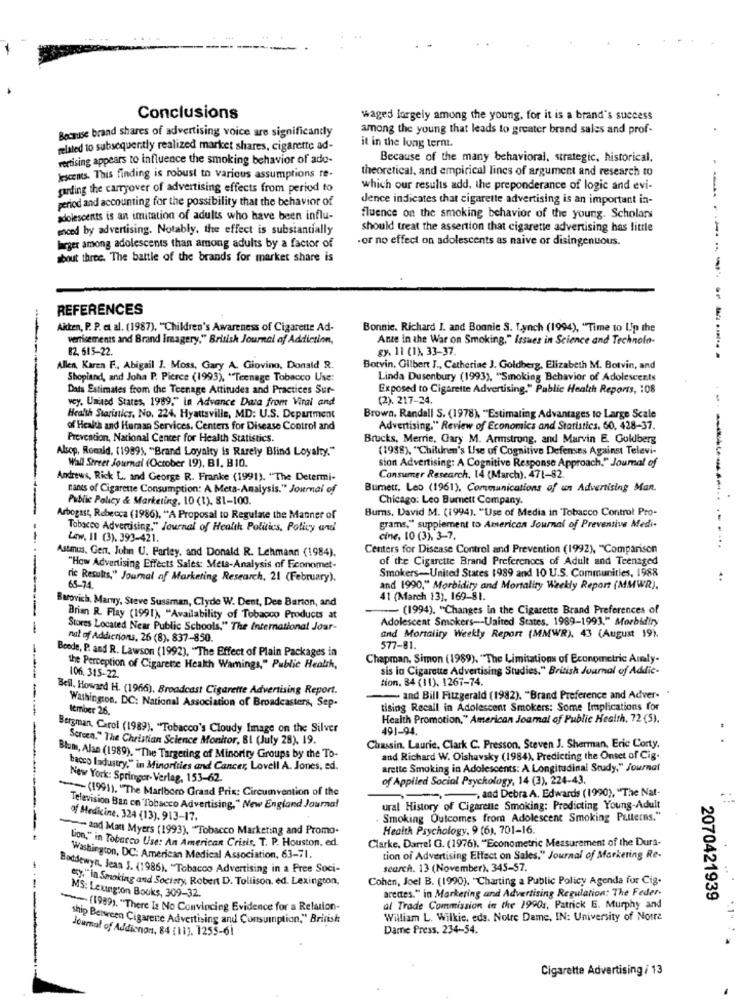
Conclusions
waged largely among the young, for it is a brand's success
among the young that leads to greater brand sales and prof-
Because brand shares of advertising voice are significandy
related to subsequently realized market shares, cigarette ad-
it in the long term.
vertising appears to influence the smoking behavior of ade-
Because of the many behavioral, strategic, historical,
theoretical, and empirical lines of argument and research to
jescens. This finding is robust to various assumptions re-
garding the carryover of advertising effects from period to
which our results add, the preponderance of logic and evi-
period and accounting for the possibility that the behavior of
Jence indicates that cigarette advertising is an important in-
adolescents is an imitation of adults who have been influ-
fluence on the smoking behavior of the young. Scholars
enced by advertising. Notably, the effect is substantially
should treat the assertion that cigarette advertising has little
.or no effect on adolescents as naive or disingenuous.
larger among adolescents than among adults by a factor of
about three. The battle of the brands for market share is
----
REFERENCES
Aitken, P. P. et al. (1987), "Children's Awareness of Cigarette Ad-
Bonnie. Richard I. and Bonnie S. Lynch (1994), "Time to Up the
vertisements and Brand Imagery." British Journal of Addiction,
Ante in the War on Smoking," Issues in Science and Technolo-
82. 615-22.
gy. 11 (1), 33-37.
Allen, Karen F. Abigail 1. Moss, Gary A. Giovino, Donald R.
Botvin, Gilbert J ., Catherine J. Goldberg, Elizabeth M. Botvin, and
Shopland, and Joha P. Pierce (1993), "Teenage Tobacco Use:
Linda Dusenbury (1993), "Smoking Behavior of Adolescents
Dats Estimates from the Teenage Attitudes and Practices Sur-
Exposed to Cigarette Advertising." Public Health Reports, : 08
wcy. United States, 1989," in Advance Data from Viral and
(2). 217-24.
Health Statistics, No. 224. Hyattsville, MD: U.S. Department
Brown. Randall S. (1978), "Estimating Advantages to Large Scale
of Health and Human Services, Centers for Disease Control and
Advertising." Review of Economics and Statistics. 60, 428-37.
Prevention, National Center for Health Statistics.
Brucks, Merrie, Gary M. Armstrong, and Marvin E. Goldberg
Alsop, Romld. (1999). "Brand Loyalty is Rarely Blind Loyalty."
(1988), "Children's Use of Cognitive Defenses Against Televi-
Wall Street Journal (October 19), B1, B10.
sion Advertising: A Cognitive Response Approach." Joumal of
Andrews, Rick L. and George R. Franke (1991). "The Determi-
Consumer Research, 14 (March). 471-82.
nants of Cigarette Consumption: A Meta-Analysis." Journal of
Bumett. Leo (1961). Communications of un Advertising Man.
Public Policy & Marketing, 10 (1). 81-100.
Chicago: Leo Burnett Company.
Burns, David M. (1994), "Use of Media in Tobacco Control Pro-
Arbogast, Rebecca (1986), "A Proposal to Regulate the Manner of
Tobacco Advertising," Journal of Health Politics, Policy and
grams," supplement to American Journal of Preventive Medi-
Low, 11 (3). 393-421.
cine, 10 (3). 3-7.
Astanus. Gen, John U. Parley, and Donald R. Lehmann (1984).
Centers for Disease Control and Prevention (1992), "Comparison
...
of the Cigarette Brand Preferences of Adult and Teenaged
"How Advertising Effects Sales: Meta-Analysis of Economet-
Smokers-United States 1989 and 10 U.S. Communities, 1988
ric Results," Journal of Marketing Research, 21 (February).
65-74.
and 1990," Morbidity and Mortality Weekly Report (MMWR).
Barovich, Marny, Steve Sussman, Clyde W. Dent, Dee Barton, and
41 (March 13), 169-81.
- (1994). "Changes in the Cigarette Brand Preferences of
Brian R. Flay (1991), "Availability of Tobacco Products at
Adolescent Smokers -- United States. 1989-1993." Morbidiry
-
Stores Located Near Public Schools," The International Jour-
nat of Addictions, 26 (8), 837-850.
and Mortality Weekly Report (MMWR), 43 (August 19).
Bende, P. and R. Lawson (1992), "The Effect of Plain Packages in
577-81.
Chapman, Simon (1989). "The Limitations of Econometric Armly.
the Perception of Cigarette Health Warnings," Public Health,
sis in Cigarette Advertising Studies." British Journal of Addic-
106. 315-22.
tion. 84 (11). 1267-74.
Bell, Howard H. (1966), Broadcast Cigarette Advertising Report.
and Bill Fitzgerald (1982). "Brand Preference and Adver-
-----
Washington, DC: National Association of Broadcasters, Sep-
Iember 26.
tising Recall in Adolescent Smokers: Some Implications for
Health Promotion," American Journal of Public Health, 72 (5).
Bergman, Carol (1989), "Tobacco's Cloudy Image on the Silver
491-94.
Screen." The Christian Science Monitor, BI (July 28), 19.
Chassin. Laurie, Clark C. Presson. Steven J. Sherman, Eric Corty.
Blum, Alan (1989). "The Targeting of Minority Groups by the To-
and Richard W. Oishavsky (1984), Predicting the Onset of Cig-
bacco ladustry," in Minorities and Cancer, Lovell A. Jones, ed.
arette Smoking in Adolescents: A Longitudinal Study," Journal
New York: Springer-Verlag, 153-62.
of Applied Social Psychology, 14 (3), 224-43.
(1991). "The Marlboro Grand Prix: Circumvention of the
, and Debra A. Edwards (1990), "The Nat-
Television Ban on Tobacco Advertising," New England Journal
ural History of Cigarette Smoking: Predicting Young-Adult
of Medicine, 324 (13). 913-17.
Smoking Outcomes from Adolescent Smoking Patterns."
And Matt Myers (1993). "Tobacco Marketing and Promo.
Health Psychology, 9 (6), 701-16.
Clarke, Darrel G. (1976). "Econometric Measurement of the Dura-
bon," in Tobacco Use: An American Crisis, T. P. Houston, ed.
Washington, DC: American Medical Association, 63-71.
tion of Advertising Effect on Sales." Journal of Marketing Re-
Boddewyn. Jean J. (1986). "Tobacco Advertising in a Free Soci-
search. 13 (November). 345-57.
"x"In Smoking and Society, Robert D. Tollison, ed. Lexington,
Cohen, Joel B. (1990), "Charting a Public Policy Agenda fur Cig-
areces." in Markering and Advertising Regulation: The Feder-
MS: Leung:on Books, 309-32.
2070421939
(1989). "There Is No Convincing Evidence for a Relation-
al Trade Commission in the 1990s, Patrick E. Murphy and
ship Between Cigarene Advertising and Consumption," British
William L. Wilkie, eds. Notre Dame, IN: University of Notre
Dame Press, 234-54.
Journal of Addicnon. 84 [11]. 1255-61
Cigarette Advertising / 13